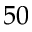
5 0